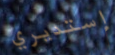
إستديري